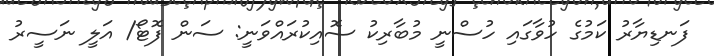
ފަނޑިޔާރު ކަމުގެ ހުވާގައި ހުސްނީ މުބާރިކު ސޮއިކުރައްވަނީ: ސަން ފޮޓޯ/ އަލީ ނަސީރު